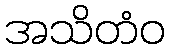
အသိတံဝ